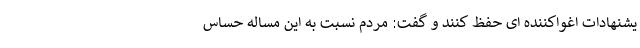
یشنهادات اغواکننده ای حفظ کنند و گفت: مردم نسبت به این مساله حساس